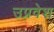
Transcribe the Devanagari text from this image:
उप्रवेश